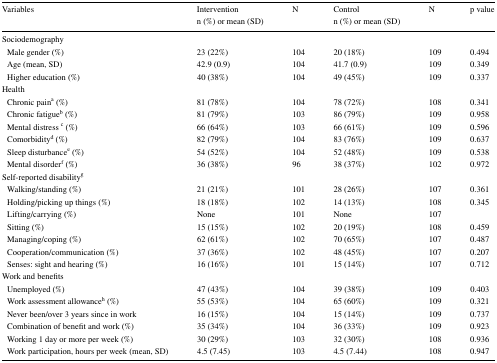
<table><thead><tr><td rowspan="2"><b>Variables</b></td><td><b>Intervention</b></td><td rowspan="2"><b>N</b></td><td><b>Control</b></td><td rowspan="2"><b>N</b></td><td rowspan="2"><b>p value</b></td></tr><tr><td><b>n (%) or mean (SD)</b></td><td><b>n (%) or mean (SD)</b></td></tr></thead><tbody><tr><td colspan="6">Sociodemography</td></tr><tr><td> Male gender (%)</td><td>23 (22%)</td><td>104</td><td>20 (18%)</td><td>109</td><td>0.494</td></tr><tr><td> Age (mean, SD)</td><td>42.9 (0.9)</td><td>104</td><td>41.7 (0.9)</td><td>109</td><td>0.349</td></tr><tr><td> Higher education (%)</td><td>40 (38%)</td><td>104</td><td>49 (45%)</td><td>109</td><td>0.337</td></tr><tr><td colspan="6">Health</td></tr><tr><td> Chronic pain<sup>a</sup> (%)</td><td>81 (78%)</td><td>104</td><td>78 (72%)</td><td>108</td><td>0.341</td></tr><tr><td> Chronic fatigue<sup>b</sup> (%)</td><td>81 (79%)</td><td>103</td><td>86 (79%)</td><td>109</td><td>0.958</td></tr><tr><td> Mental distress <sup>c</sup> (%)</td><td>66 (64%)</td><td>103</td><td>66 (61%)</td><td>109</td><td>0.596</td></tr><tr><td> Comorbidity<sup>d</sup> (%)</td><td>82 (79%)</td><td>104</td><td>83 (76%)</td><td>109</td><td>0.637</td></tr><tr><td> Sleep disturbance<sup>e</sup> (%)</td><td>54 (52%)</td><td>104</td><td>52 (48%)</td><td>109</td><td>0.538</td></tr><tr><td> Mental disorder<sup>f</sup> (%)</td><td>36 (38%)</td><td>96</td><td>38 (37%)</td><td>102</td><td>0.972</td></tr><tr><td colspan="6">Self-reported disability<sup>g</sup></td></tr><tr><td> Walking/standing (%)</td><td>21 (21%)</td><td>101</td><td>28 (26%)</td><td>107</td><td>0.361</td></tr><tr><td> Holding/picking up things (%)</td><td>18 (18%)</td><td>102</td><td>14 (13%)</td><td>108</td><td>0.345</td></tr><tr><td> Lifting/carrying (%)</td><td>None</td><td>101</td><td>None</td><td>107</td><td></td></tr><tr><td> Sitting (%)</td><td>15 (15%)</td><td>102</td><td>20 (19%)</td><td>108</td><td>0.459</td></tr><tr><td> Managing/coping (%)</td><td>62 (61%)</td><td>102</td><td>70 (65%)</td><td>107</td><td>0.487</td></tr><tr><td> Cooperation/communication (%)</td><td>37 (36%)</td><td>102</td><td>48 (45%)</td><td>107</td><td>0.207</td></tr><tr><td> Senses: sight and hearing (%)</td><td>16 (16%)</td><td>101</td><td>15 (14%)</td><td>107</td><td>0.712</td></tr><tr><td colspan="6">Work and benefits</td></tr><tr><td> Unemployed (%)</td><td>47 (43%)</td><td>104</td><td>39 (38%)</td><td>109</td><td>0.403</td></tr><tr><td> Work assessment allowance<sup>h</sup> (%)</td><td>55 (53%)</td><td>104</td><td>65 (60%)</td><td>109</td><td>0.321</td></tr><tr><td> Never been/over 3 years since in work</td><td>16 (15%)</td><td>104</td><td>15 (14%)</td><td>109</td><td>0.737</td></tr><tr><td> Combination of benefit and work (%)</td><td>35 (34%)</td><td>104</td><td>36 (33%)</td><td>109</td><td>0.923</td></tr><tr><td> Working 1 day or more per week (%)</td><td>30 (29%)</td><td>103</td><td>32 (30%)</td><td>108</td><td>0.936</td></tr><tr><td> Work participation, hours per week (mean, SD)</td><td>4.5 (7.45)</td><td>103</td><td>4.5 (7.44)</td><td>108</td><td>0.947</td></tr></tbody></table>